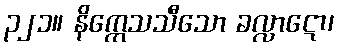
၃၂၁။ နိက္ကေသသီသော ခလ္လာဋော၊